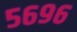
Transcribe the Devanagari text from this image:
५६९६